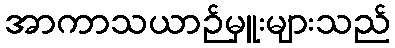
အာကာသယာဉ်မှူးများသည်